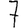
Digit: 7